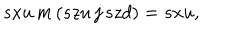
s x u \, m \, ( s z u \, j \, s z d ) = s x u ,